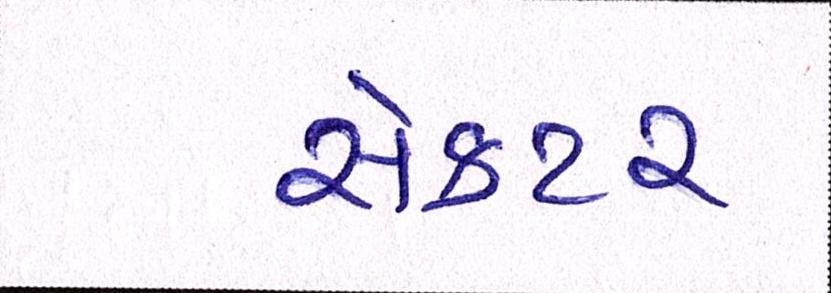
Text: સેકટર